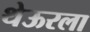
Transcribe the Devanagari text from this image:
थेऊरला